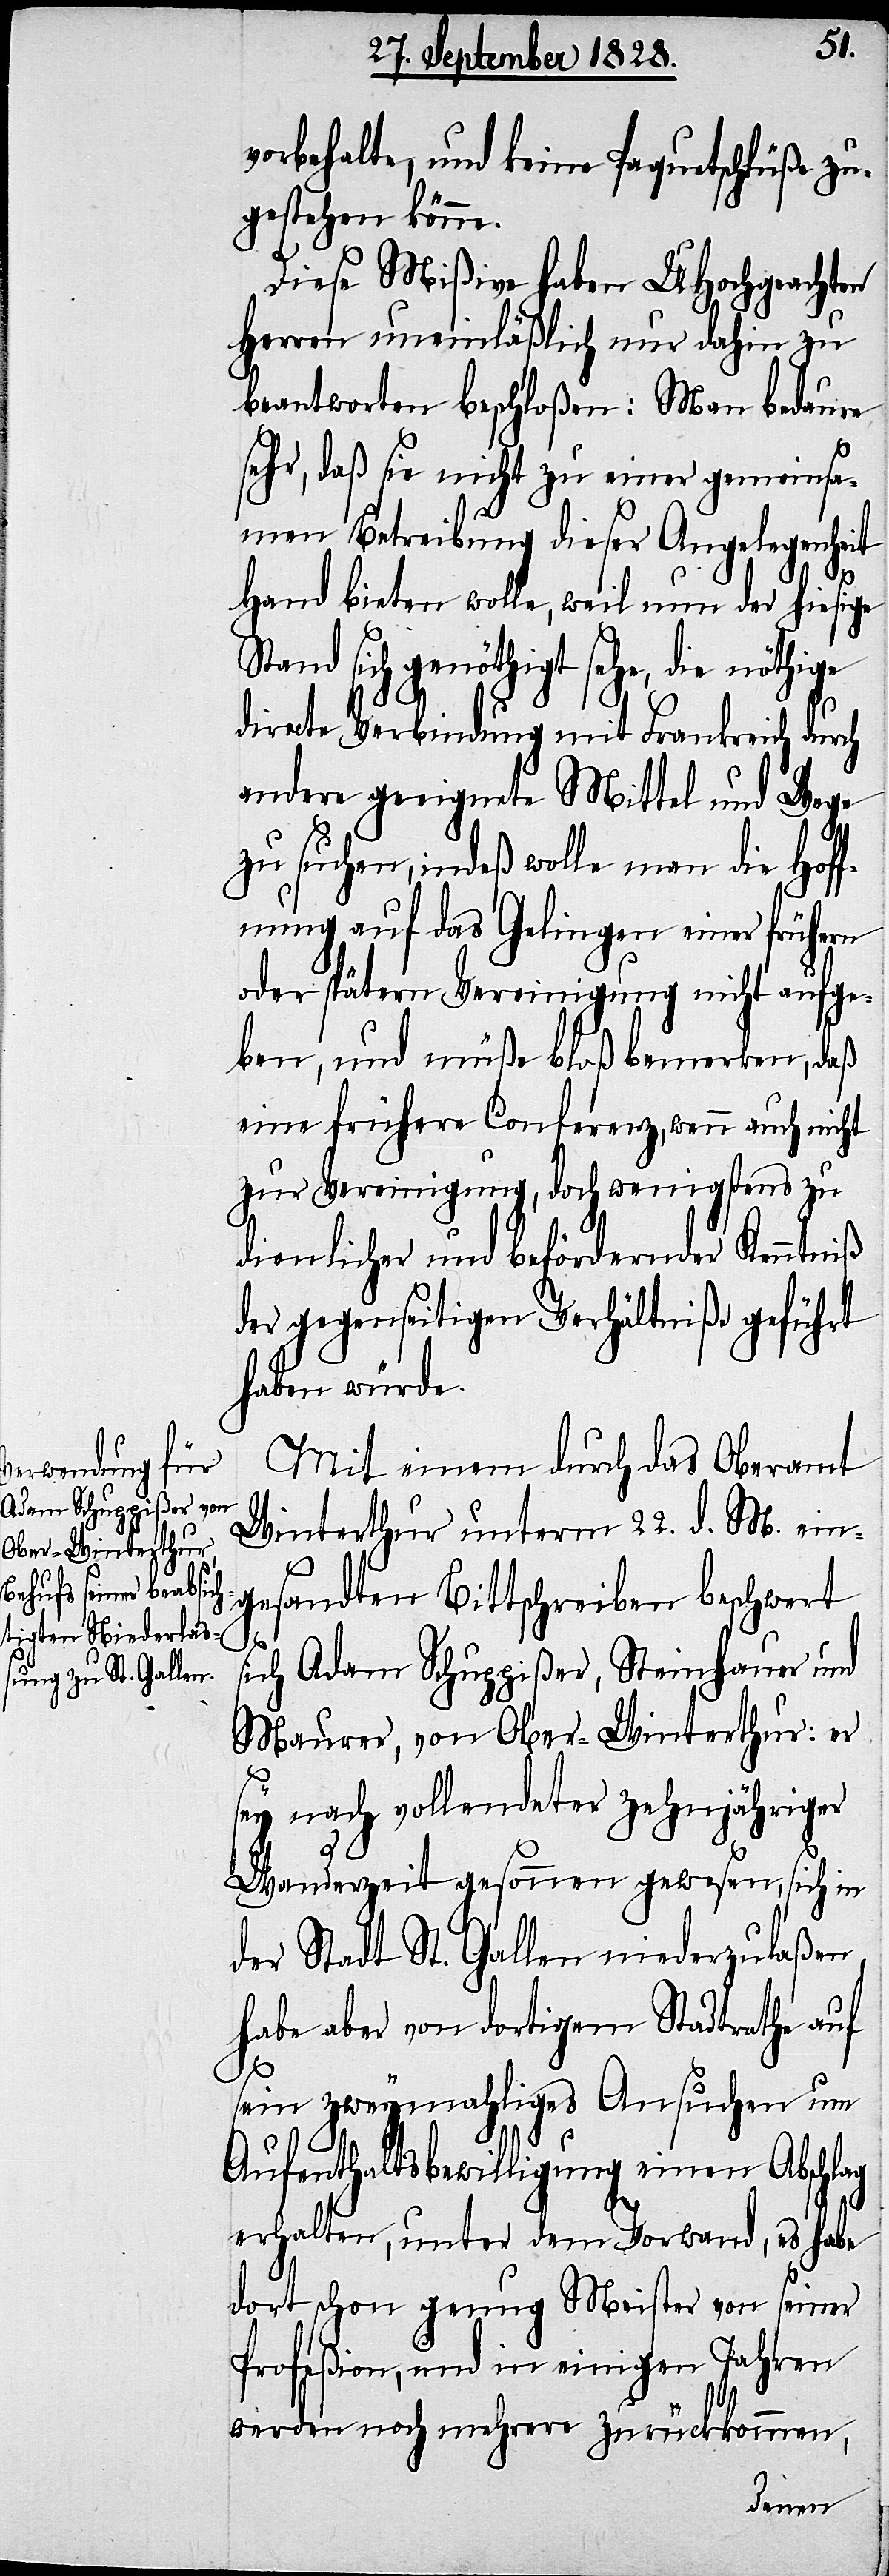
vorbehalte, und keine Paquetschlüße zu¬
gestehen könne.
Diese Mißive haben UHochgeachten
Herren uneinläßlich nur dahin zu
beantworten beschloßen: Man bedaure
sehr, daß sie nicht zu einer gemeinsa¬
men Betreibung dieser Angelegenheit
Hand bieten wolle, weil nun der hiesige
Stand sich genöthigt sehe, die nöthige
directe Verbindung mit Frankreich durch
andere geeignete Mittel und Wege
zu suchen, indeß wolle man die Hoff¬
nung auf das Gelingen einer frühern
oder spätern Vereinigung nicht aufge¬
ben, und müße bloß bemerken, daß
eine frühere Conferenz, wenn auch nicht
zur Vereinigung, doch wenigstens zu
dienlicher und befördernder Kenntniß
der gegenseitigen Verhältniße geführt
haben würde.
Mit einem durch das Oberamt
Winterthur unterm 22. d. M. ein¬
gesandten Bittschreiben beschwert
s¬
ich Adam Schuppißer, Steinhauer und
Maurer, von Ober-Winterthur: er
sey nach vollendeter zehnjähriger
Wanderzeit gesonnen gewesen, sich in
der Stadt St. Gallen niederzulaßen,
habe aber von dortigem Stadtrathe auf
sein zweymahliges Ansuchen um
Aufenthaltsbewilligung einen Abschlag
erhalten, unter dem Vorwand, es habe
dort schon genug Meister von seiner
Profeßion, und in einigen Jahren
werden noch mehrere zurückkommen,